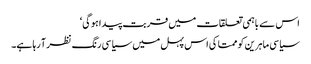
اس سے باہمی تعلقات میں قربت پیدا ہوگی‘
سیاسی ماہرین کو ممتا کی اس پہل میں سیاسی رنگ نظر آ رہا ہے۔